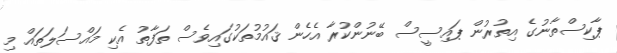
ޕާކިސްތާނުގެ އިތުރުން ޕައިސީސް ބޭނުންކުރާ އެހެން ޤައުމުތަކުގައިވެސް ތަފާތު އެކި މައްސަލަތައް މި